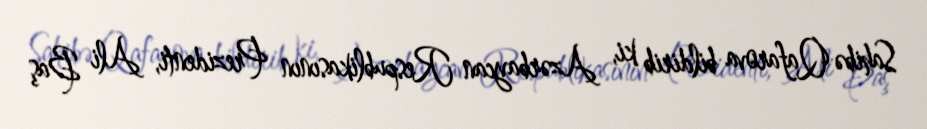
Sahibə Qafarova bildirib ki, Azərbaycan Respublikasının Prezidenti, Ali Baş